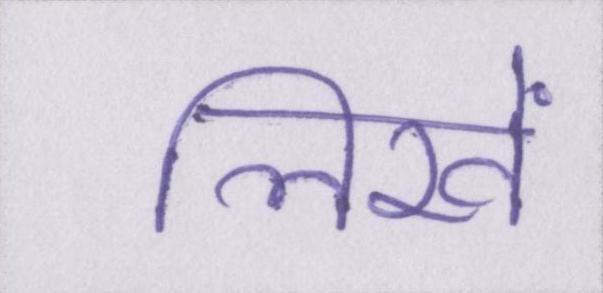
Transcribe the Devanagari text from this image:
लिखें